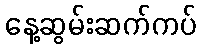
နေ့ဆွမ်းဆက်ကပ်